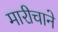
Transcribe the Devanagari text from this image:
मारीचाने